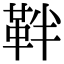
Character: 靽